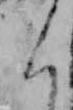
く